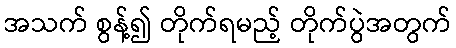
အသက် စွန့်၍ တိုက်ရမည့် တိုက်ပွဲအတွက်